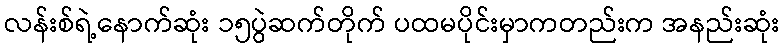
လန်းစ်ရဲ့နောက်ဆုံး ၁၅ပွဲဆက်တိုက် ပထမပိုင်းမှာကတည်းက အနည်းဆုံး